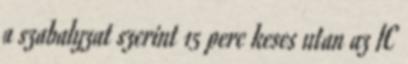
a szabalyzat szerint 15 perc keses utan az IC